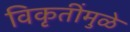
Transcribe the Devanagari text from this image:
विकृतींमुळे